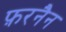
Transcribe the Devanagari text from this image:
फ़रनैन